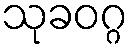
သုခဝဂ္ဂ